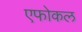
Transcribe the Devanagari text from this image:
एफोकल